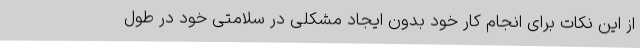
از این نکات برای انجام کار خود بدون ایجاد مشکلی در سلامتی خود در طول